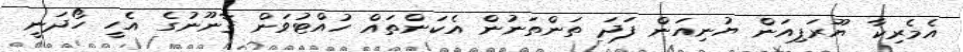
އެމެރިކާ ޔޫރަޕިއަން ޔުނިއަން ފަދަ ތަންތަނުން އެކަންތައް ހުއްޓުވަން ޤާނޫނުގެ އެހީ ހޯދަނީ